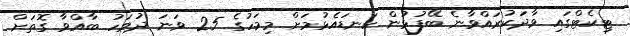
ޓިކެޓްގައި ވާދަކުރައްވާނެ ބޭފުޅުން ކަނޑައެޅުމަށް މިމަހުގެ 25 ވަނަ ދުވަހު ބާއްވާ ގޮތަށް